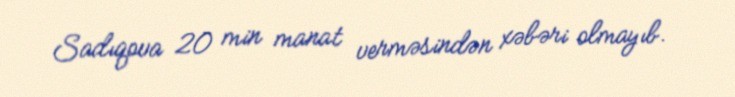
Sadıqova 20 min manat verməsindən xəbəri olmayıb.